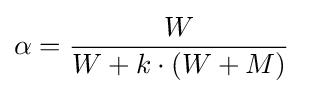
\alpha ={\frac {W}{W+k\cdot (W+M)}}\,\